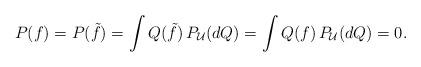
LaTeX: \begin{gather*}P(f)=P(\tilde{f})=\int Q(\tilde{f})\,P_\mathcal{U}(dQ)=\int Q(f)\,P_\mathcal{U}(dQ)=0.\end{gather*}